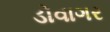
ડોવાગર